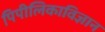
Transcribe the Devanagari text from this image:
पिपीलिकाविज्ञान